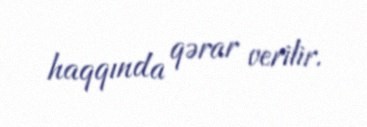
haqqında qərar verilir.